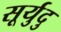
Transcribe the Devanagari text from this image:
सूर्युदु